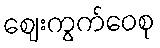
ဈေးကွက်ဝေစု